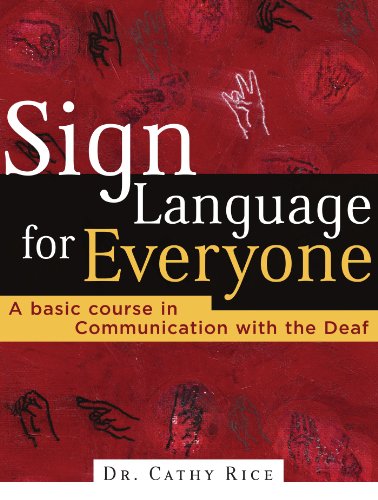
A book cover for Sign Language for Everyone: A Basic Course in Communication with the Deaf; Cathy Rice; Reference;